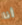
أنا